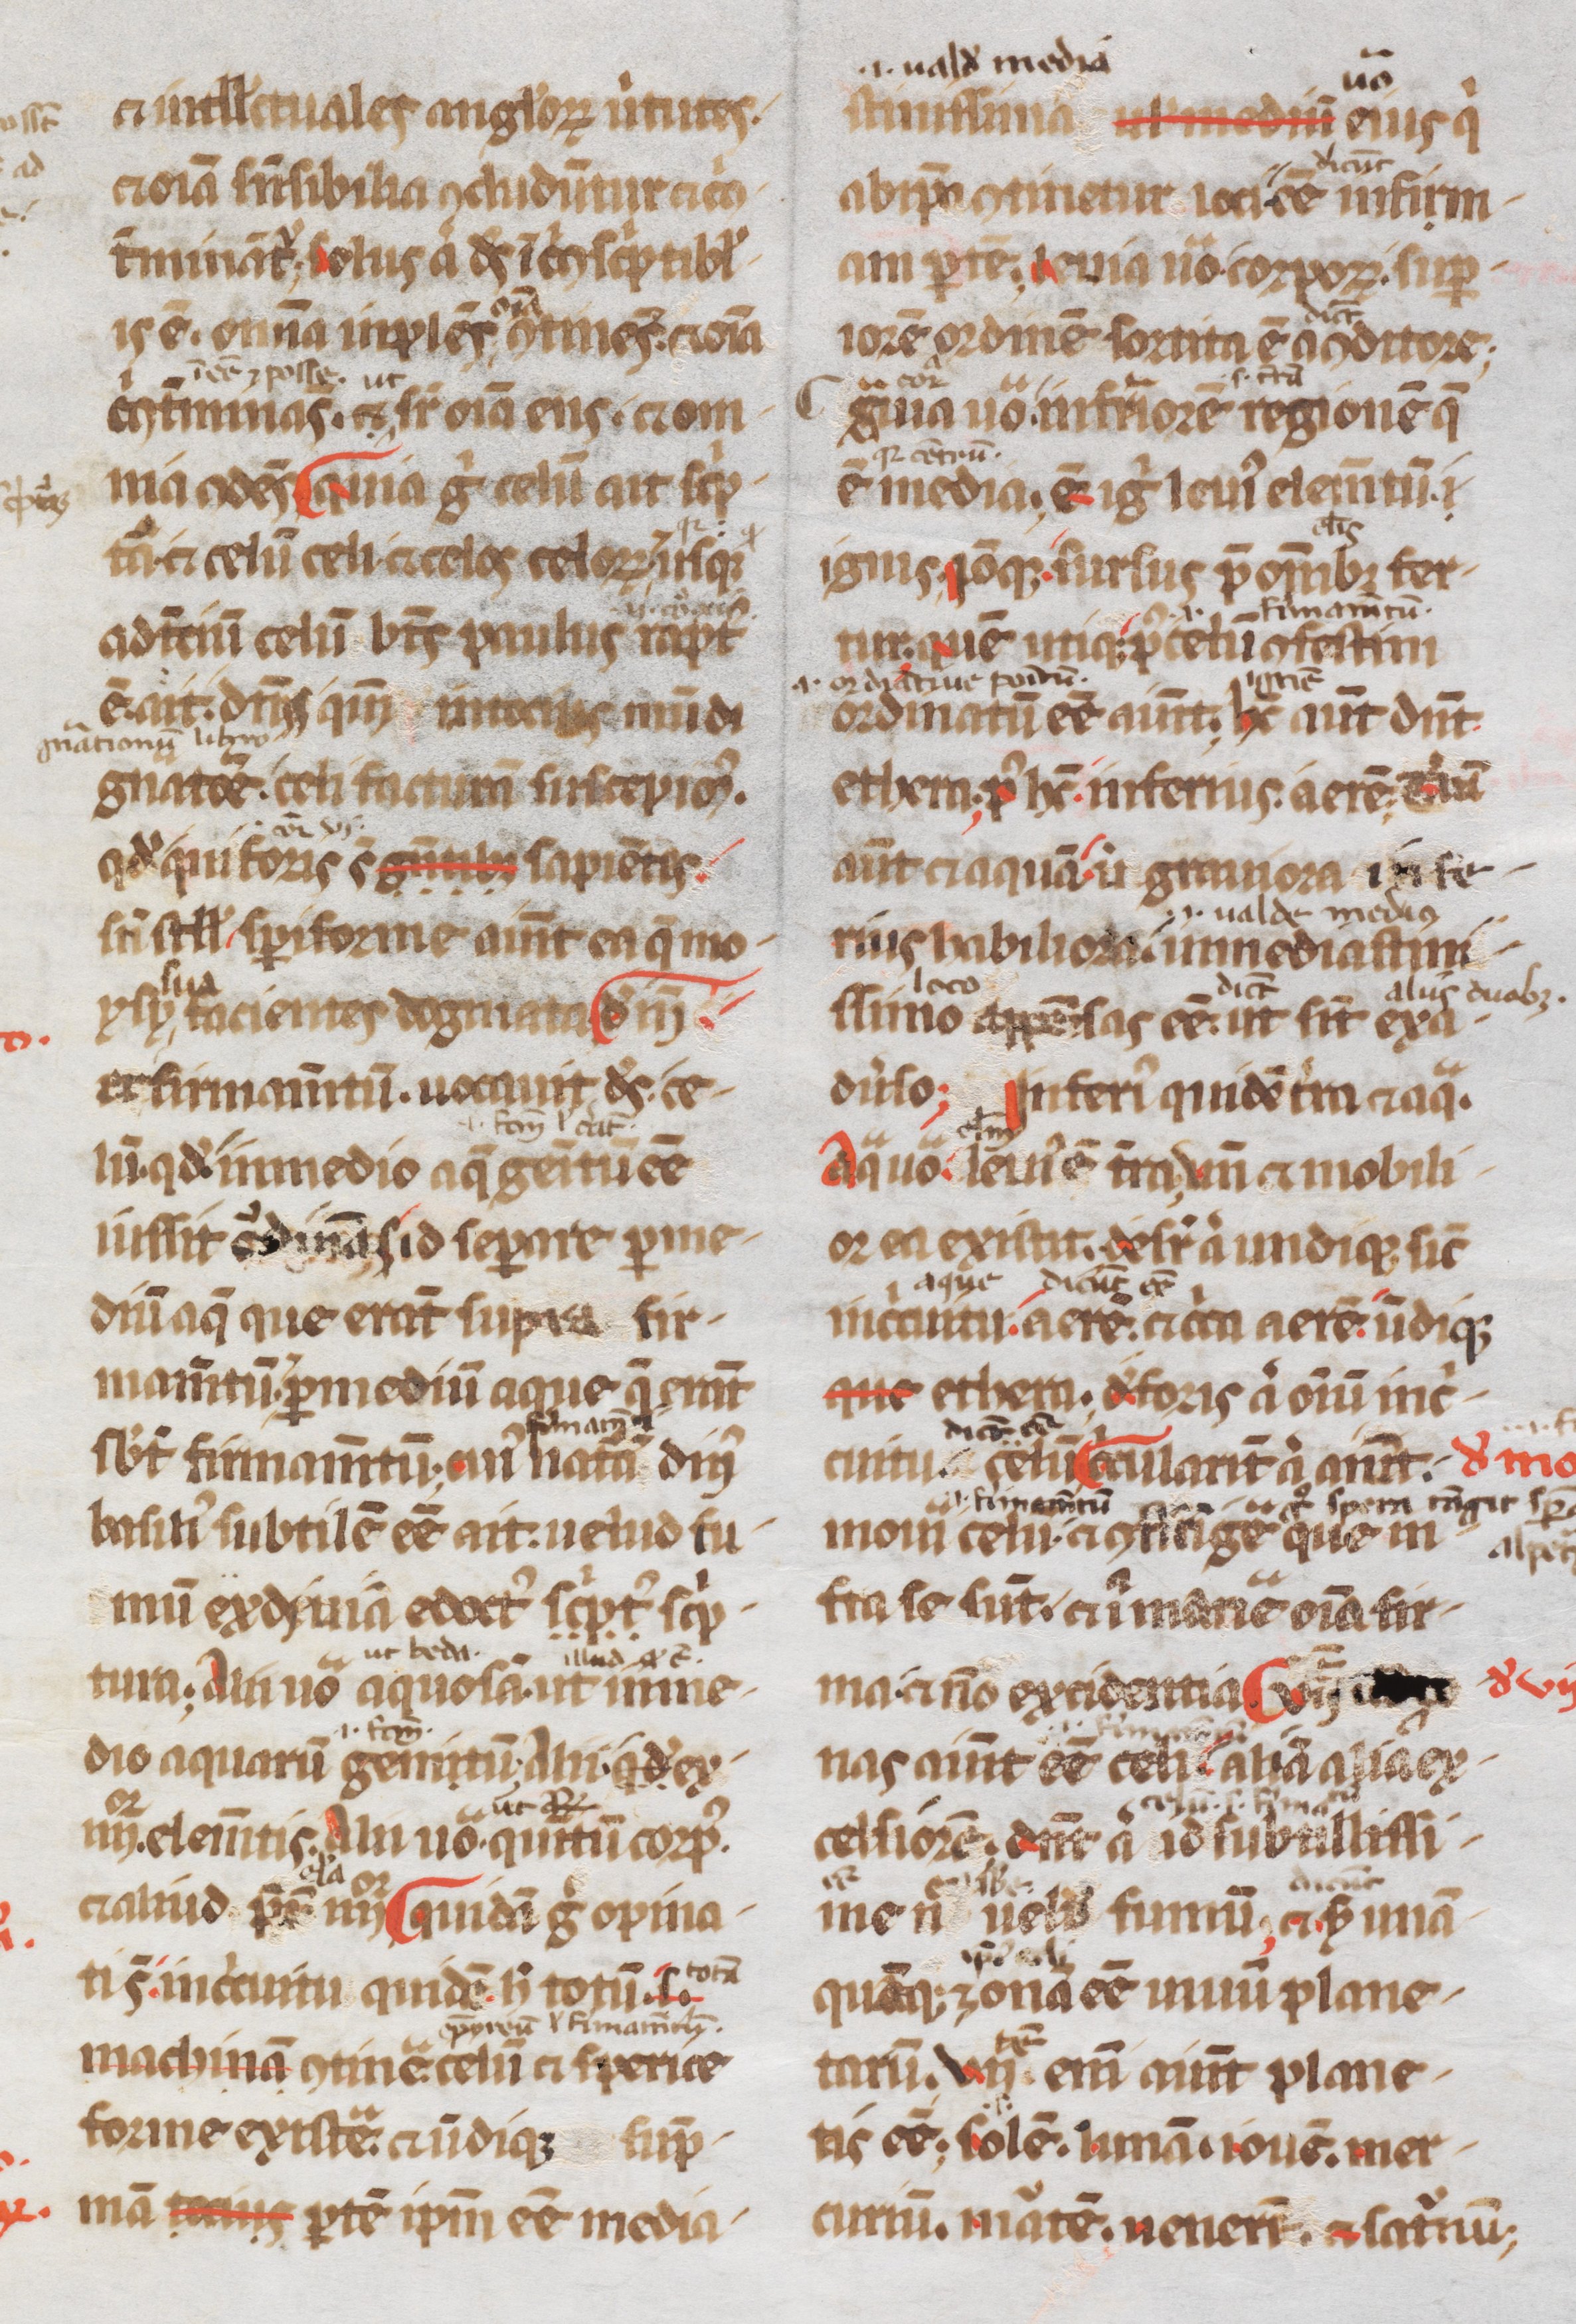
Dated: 1200–1299